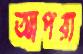
আপরা